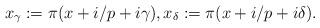
LaTeX: \begin{align*}x_\gamma:=\pi(x+i/p+i\gamma),x_\delta:=\pi(x+i/p+i\delta).\end{align*}